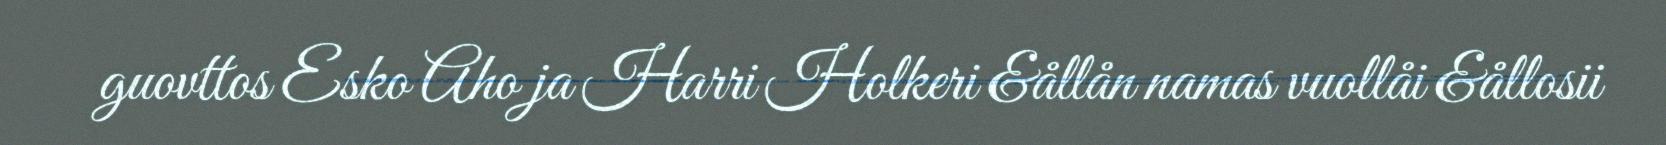
guovttos Esko Aho ja Harri Holkeri &ållån namas vuollåi &ållosii